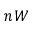
n W